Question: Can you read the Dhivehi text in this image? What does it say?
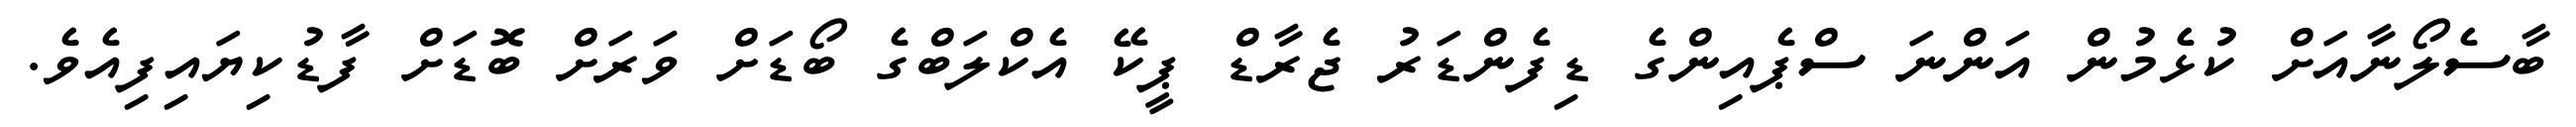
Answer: ބާސެލޯނާއަށް ކުޅެމުން އަންނަ ސްޕެއިންގެ ޑިފެންޑަރު ޖެރާޑް ޕީކޭ އެކްލަބްގެ ބޯޑަށް ވަރަށް ބޮޑަށް ފާޑުކިޔައިފިއެވެ.